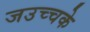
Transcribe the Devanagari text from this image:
जउच्चके